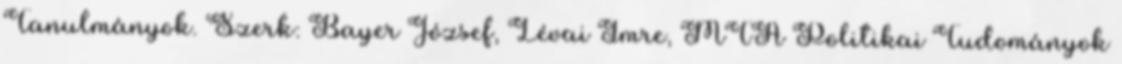
Tanulmányok. Szerk: Bayer József, Lévai Imre, MTA Politikai Tudományok